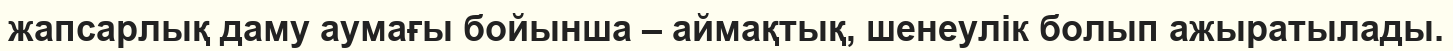
жапсарлық даму аумағы бойынша – аймақтық, шенеулік болып ажыратылады.